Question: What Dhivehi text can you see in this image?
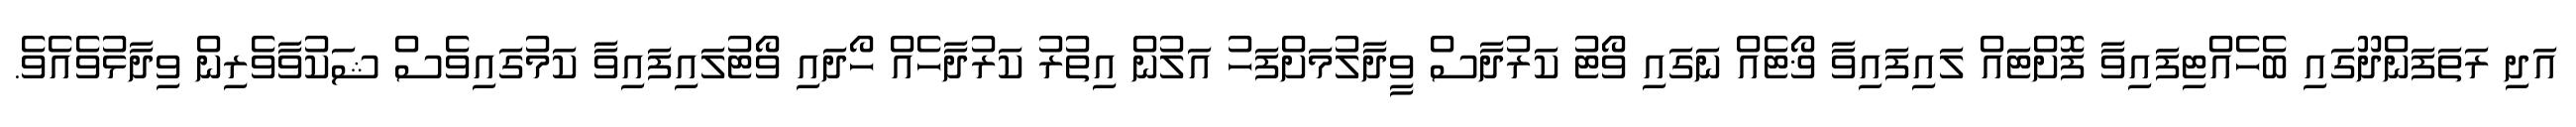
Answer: އަދި ރަތަފަންދޫގައި ބެހެއްޓިފައިވާ ފޮށްޓައް ލައިފައިވާ ޥޯޓެއް ނަގައި ވޯޓު ކަރުދާސް ވީދާލުމަށްފަހު އަލުން އިތުރު ކަރުދާހެއް ހޯދައި ވޯޓުލައިފައިވާ ކަމުގައިވެސް ޝަކުވާވެރިން ވިދާޅުވެއެވެ.